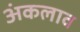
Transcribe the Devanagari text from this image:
अंकलाव